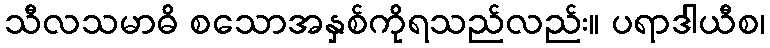
သီလသမာဓိ စသောအနှစ်ကိုရသည်လည်း။ ပရာဒါယီစ၊